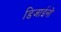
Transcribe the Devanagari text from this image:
डिजाईनों